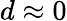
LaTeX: d\approx 0